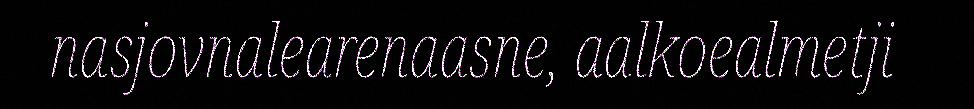
nasjovnalearenaasne, aalkoealmetji